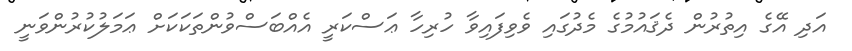
އަދި އޭގެ އިތުރުން ދެޤައުމުގެ މެދުގައި ވެވިފައިވާ ހުރިހާ ޢަސްކަރީ އެއްބަސްވުންތަކަކަށް ޢަމަލުކުރުންވަނީ